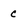
Character: c